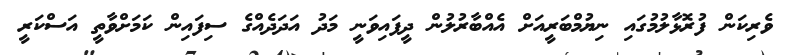
ވެރިކަން ފުރޮޅާލުމުގައި ނިޔުމްބަރީއަށް އެއްބާރުލުން ދީފައިވަނީ މަދު އަދަދެއްގެ ސިފައިން ކަމަށްވާތީ އަސްކަރީ